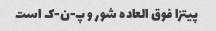
پیتزا فوق العاده شور و پ-ن-ک است